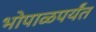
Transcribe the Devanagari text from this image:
भोपाळपर्यंत